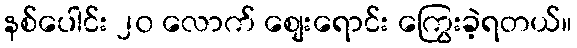
နစ်ပေါင်း ၂၀ လောက် စျေးရောင်း ကြွေးခဲ့ရတယ်။